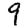
Digit: 9